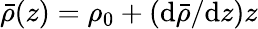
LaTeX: \bar{\rho}(z)=\rho_{0}+(\mathrm{d}\bar{\rho}/\mathrm{d}z)z